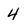
Character: 4